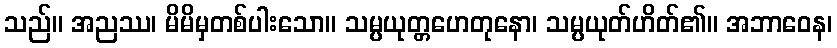
သည်။ အညဿ၊ မိမိမှတစ်ပါးသော။ သမ္ပယုတ္တဟေတုနော၊ သမ္ပယုတ်ဟိတ်၏။ အဘာဝေန၊